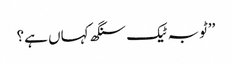
’’ٹوبہ ٹیک سنگھ کہاں ہے؟